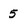
Character: 5